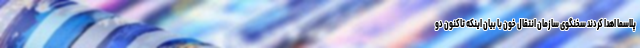
پلاسما اهدا کردند سخنگوی سازمان انتقال خون با بیان اینکه تاکنون دو